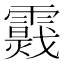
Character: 𩆉